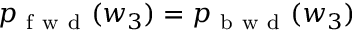
p _ { \mathrm { ~ f ~ w ~ d ~ } } ( w _ { 3 } ) = p _ { \mathrm { ~ b ~ w ~ d ~ } } ( w _ { 3 } )